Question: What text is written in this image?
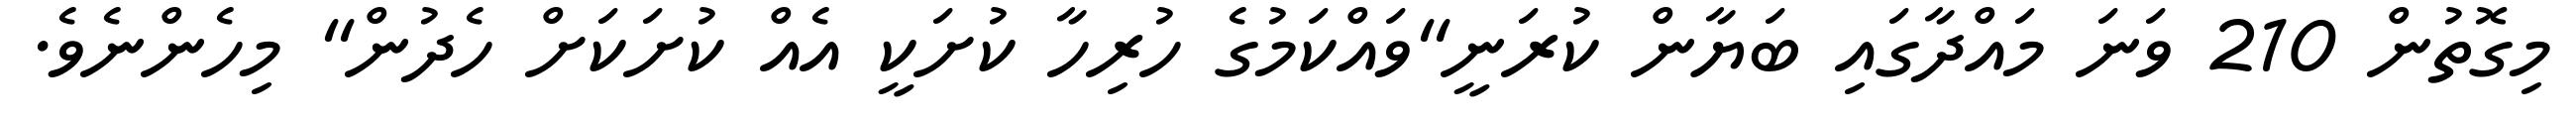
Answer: މިގޮތުން 210 ވަނަ މައްދާގައި ބަޔާން ކުރަނީ"ވައްކަމުގެ ހުރިހާ ކުށަކީ އެއް ކުށަކަށް ހެދުން" މިހެންނެވެ.